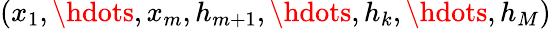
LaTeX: (x_{1},\hdots,x_{m},h_{m+1},\hdots,h_{k},\hdots,h_{M})